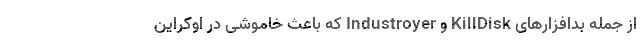
از جمله بدافزارهای KillDisk و Industroyer که باعث خاموشی در اوکراین